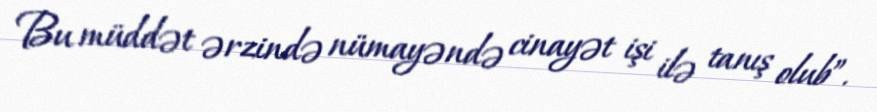
Bu müddət ərzində nümayəndə cinayət işi ilə tanış olub”.